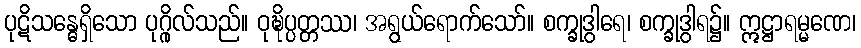
ပုဋိသန္ဓေရှိသော ပုဂ္ဂိုလ်သည်။ ဝုဍ္ဎိပ္ပတ္တဿ၊ အရွယ်ရောက်သော်။ စက္ခုဒွါရေ၊ စက္ခုဒွါရ၌။ ဣဋ္ဌာရမ္မဏေ၊